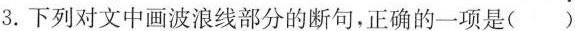
3.下列对文中画波浪线部分的断句，正确的一项是()